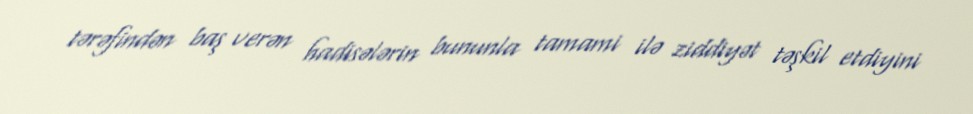
tərəfindən baş verən hadisələrin bununla tamami ilə ziddiyət təşkil etdiyini